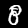
Label: 8